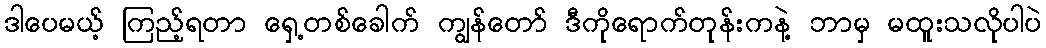
ဒါပေမယ့် ကြည့်ရတာ ရှေ့တစ်ခေါက် ကျွန်တော် ဒီကိုရောက်တုန်းကနဲ့ ဘာမှ မထူးသလိုပါပဲ